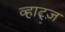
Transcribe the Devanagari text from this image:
व्हाट्ज़